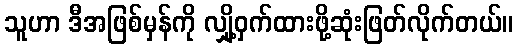
သူဟာ ဒီအဖြစ်မှန်ကို လျှို့ဝှက်ထားဖို့ဆုံးဖြတ်လိုက်တယ်။